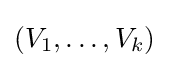
(V_{1},\ldots ,V_{k})